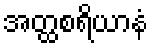
အတ္ထစရိယာနံ